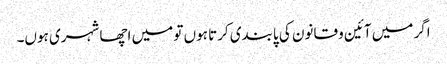
اگر میں آئین و قانون کی پابندی کرتا ہوں تو میں اچھا شہری ہوں۔